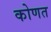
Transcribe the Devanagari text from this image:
कोणत